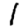
Digit: 1